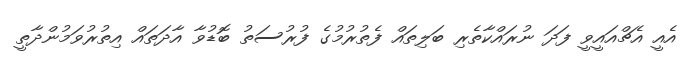
އެއީ އެޗްއައީވީ ފަދަ ނުރައްކާތެރި ބަލިތައް ފެތުރުމުގެ ފުރުސަތު ބޮޑުވާ އާދަތައް އިތުރުވަމުންދާތީ